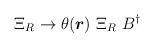
\begin{align*}\Xi_R \rightarrow \theta(\mbox{\boldmath$r$})~\Xi_R~B^\dag\end{align*}